Vaccination in the Punjab 1883-1896 - 1883-1896
Year: 1883
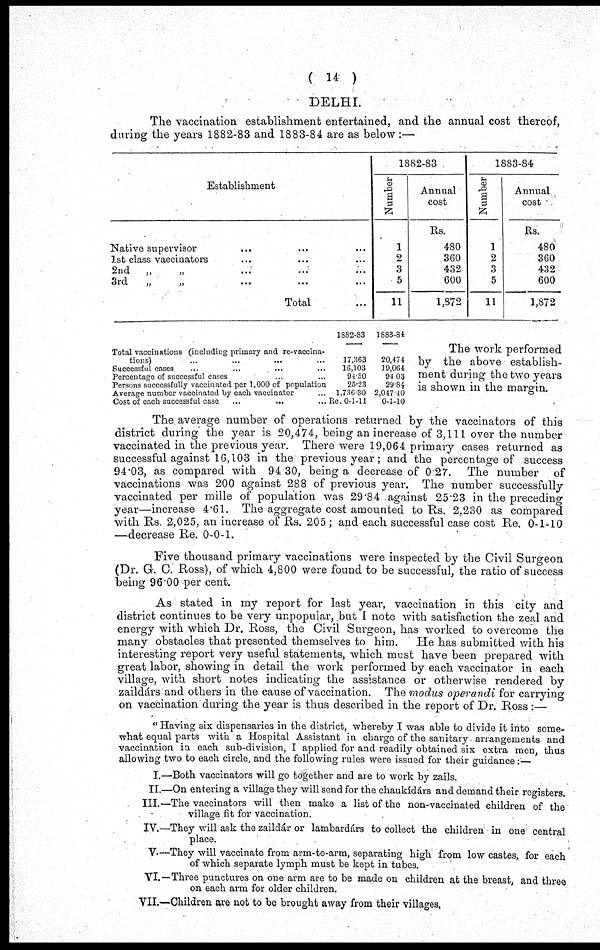
( 14 )
DELHI.
The vaccination establishment entertained, and the annual cost thereof,
during the years 1882-83 and 1883-84 are as below :—
Establishment
Native supervisor ... ... ...
1st class vaccinators ... ... ...
2nd „ „ ... ... ...
3rd
„
„ ... ... ...
Total ...
1882-83
Number
1
2
3
5
11
Annual
cost
Rs.
480
360
432
600
1,872
1883-84
Number
1
2
3
5
11
Annual
cost
Rs.
480
360
432
600
1,872
Total vaccinations (including primary and re-vnccina-
tions) ... ... ... ...
Successful cases ... ... ... ...
Percentage of successful cases ... ...
Persons successfully vaccinated per 1,000 of population
Average number vaccinated by each vaccinator ...
Cost of each successful case ... ... ...
1882-83
17,363
16,103
94.30
25.23
1,736.30
Re. 0-1-11
1883-84
20,474
19,064
94.03
29.84
2,047.40
0-1-10
The work performed
by the above establish-
ment during the two years
is shown in the margin.
The average number of operations returned by the vaccinators of this
district during the year is 20,474, being an increase of 3,111 over the number
vaccinated in the previous year. There were 19,064 primary cases returned as
successful against 16,103 in the previous year; and the percentage of success
94.03, as compared with 94.30, being a decrease of 0.27. The number of
vaccinations was 200 against 288 of previous year. The number successfully
vaccinated per mille of population was 29.84 against 25.23 in the preceding
year—increase 4.61. The aggregate cost amounted to Rs. 2.230 as compared
with Rs. 2,025, an increase of Rs. 205 ; and each successful case cost Re. 0-1-10
—decrease Re. 0-0-1.
Five thousand primary vaccinations were inspected by the Civil Surgeon
(Dr. G. C. Ross), of which 4,800 were found to be successful, the ratio of success
being 96.00 per cent.
As stated in my report for last year, vaccination in this city and
district continues to be very unpopular, but I note with satisfaction the zeal and
energy with which Dr. Ross, the Civil Surgeon, has worked to overcome the
many obstacles that presented themselves to him.
He has submitted with his
interesting report very useful statements, which must have been prepared with
great labor, showing in detail the work performed by each vaccinator in each
village, with short notes indicating the assistance or otherwise rendered by
zaildárs and others in the cause of vaccination. The modus operandi for carrying
on vaccination during the year is thus described in the report of Dr. Ross :—
" Having six dispensaries in the district, whereby I was able to divide it into some-
what equal parts with a Hospital Assistant in charge of the sanitary arrangements and
vaccination in each sub-division, I applied for and readily obtained six extra men, thus
allowing two to each circle, and the following rules were issued for their guidance:—
I.—Both vaccinators will go together and are to work by zails.
II.__On entering a village they will send for the chaukídárs and demand their registers.
III.—The vaccinators will then make a list of the non-vaccinated children of the
village fit for vaccination.
IV.—They will ask the zaildár or lambardárs to collect the children in one central
place.
V.—They will vaccinate from arm-to-arm, separating high from low castes, for each
of which separate lymph must be kept in tubes.
VI.—Three punctures on one arm are to be made on children at the breast, and three
on each arm for older children.
VII.—Children are not to be brought away from their villages,